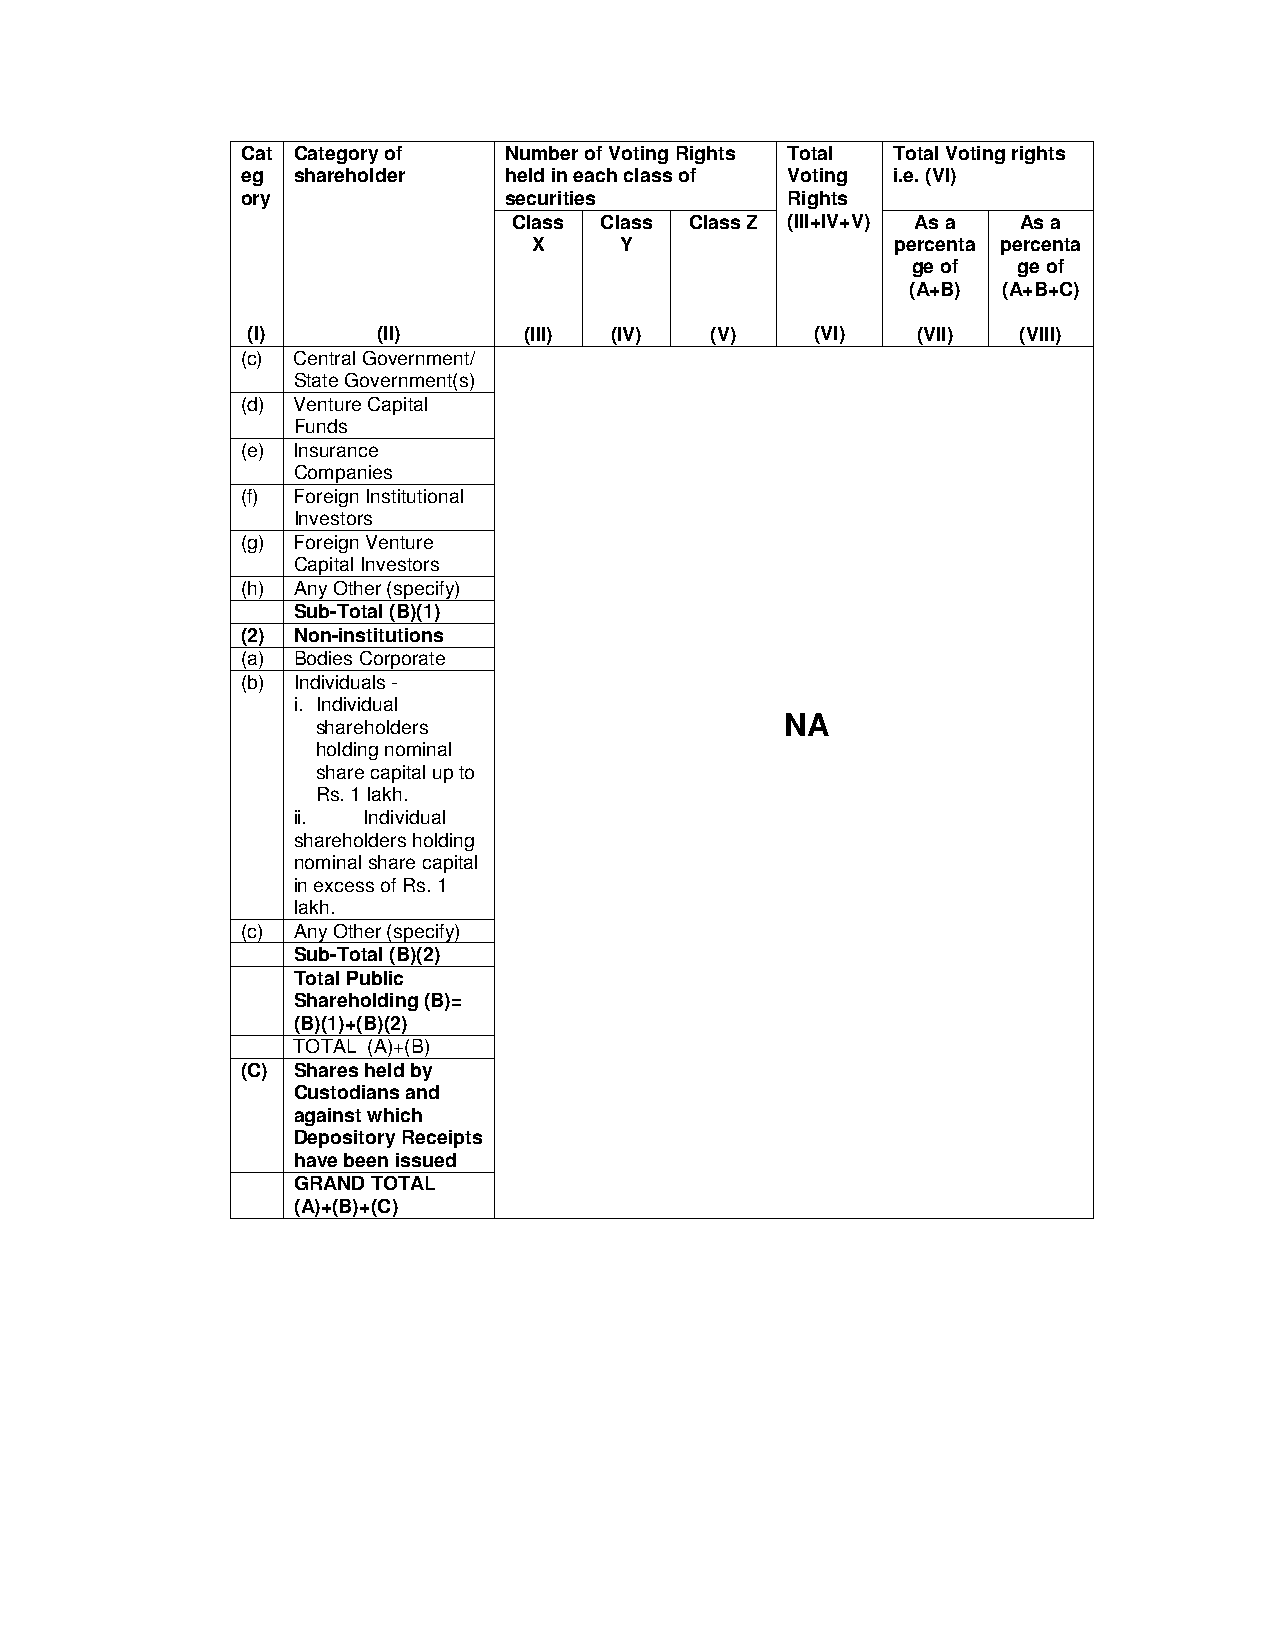
Cat Category of  Number of Voting Rights Total Total Voting rights
 eg shareholder   held in each class of Voting i.e. (VI)
 ory              securities         Rights
 Class Class Class Z (III+IV+V) As a As a
 X     Y                 percenta percenta
 ge of  ge of
 (A+B) (A+B+C)
 (I)      (II)      (III) (IV)  (V)    (VI)   (VII) (VIII)
 (c) Central Government/
 State Government(s)
 (d) Venture Capital
 Funds
 (e) Insurance
 Companies
 (f) Foreign Institutional
 Investors
 (g) Foreign Venture
 Capital Investors
 (h) Any Other (specify)
 Sub-Total (B)(1)
 (2) Non-institutions
 (a) Bodies Corporate
 (b) Individuals -
 i. Individual
 NA
 shareholders
 holding nominal
 share capital up to
 Rs. 1 lakh.
 ii.  Individual
 shareholders holding
 nominal share capital
 in excess of Rs. 1
 lakh.
 (c) Any Other (specify)
 Sub-Total (B)(2)
 Total Public
 Shareholding (B)=
 (B)(1)+(B)(2)
 TOTAL (A)+(B)
 (C) Shares held by
 Custodians and
 against which
 Depository Receipts
 have been issued
 GRAND TOTAL
 (A)+(B)+(C)